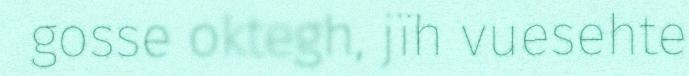
gosse oktegh, jïh vuesehte